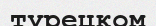
турецком